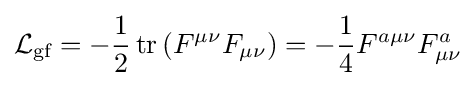
{\mathcal {L}}_{\text{gf}}=-{\frac {1}{2}}\operatorname {tr} \left(F^{\mu \nu }F_{\mu \nu }\right)=-{\frac {1}{4}}F^{a\mu \nu }F_{\mu \nu }^{a}